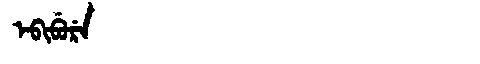
Manchu: ᡝᠪᡳᠪᡠᡵᡝ
Romanization: EBIBURE